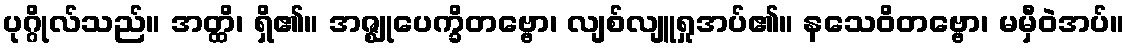
ပုဂ္ဂိုလ်သည်။ အတ္ထိ၊ ရှိ၏။ အဇ္ဈုပေက္ခိတဗ္ဗော၊ လျစ်လျူရှုအပ်၏။ နသေဝိတဗ္ဗော၊ မမှီဝဲအပ်။